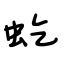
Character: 虼